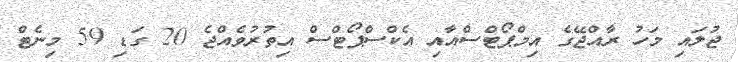
ޖުލައި މަހު ރާއްޖޭގެ އިމްޕޯޓްސްއާއި އެކްސްޕޯޓްސް އިތުރުވެއްޖެ 20 ގަޑި 59 މިނެޓް